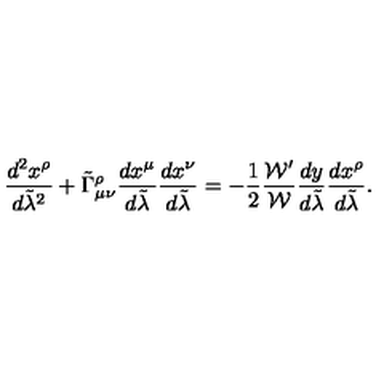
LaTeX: { \frac { d ^ { 2 } x ^ { \rho } } { d \tilde { \lambda } ^ { 2 } } } + \tilde { \Gamma } _ { \mu \nu } ^ { \rho } { \frac { d x ^ { \mu } } { d \tilde { \lambda } } } { \frac { d x ^ { \nu } } { d \tilde { \lambda } } } = - { \frac { 1 } { 2 } } { \frac { { \cal W } ^ { \prime } } { \cal W } } { \frac { d y } { d \tilde { \lambda } } } { \frac { d x ^ { \rho } } { d \tilde { \lambda } } } .